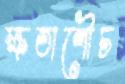
ক্ষতাশৌচ